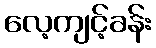
လေ့ကျင့်ခန်း